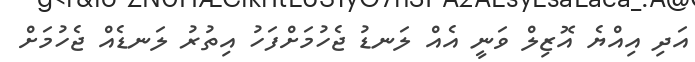
އަދި އިއްޔެ އޮޒިލް ވަނީ އެއް ލަނޑު ޖެހުމަށްފަހު އިތުރު ލަނޑެއް ޖެހުމަށް